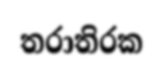
තරාතිරක